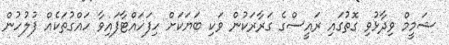
ޝަމީމް ވިދާޅުވި ގޮތުގައި ރައީސްގެ ގަރާރަކުން ވަކި ބަޔަކަށް ހިފަހައްޓާފައިވާ ހައްގުތަކެއް ފުލުހުން